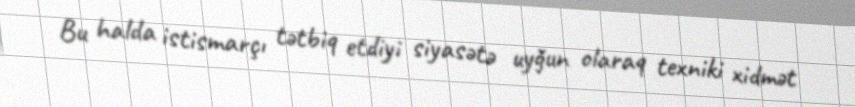
Bu halda istismarçı tətbiq etdiyi siyasətə uyğun olaraq texniki xidmət